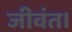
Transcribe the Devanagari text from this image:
जीवंत।